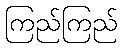
ကြည်ကြည်